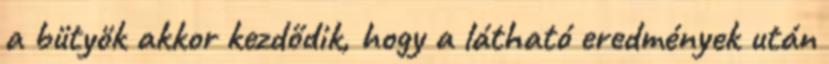
a bütyök akkor kezdődik, hogy a látható eredmények után